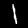
Digit: 1